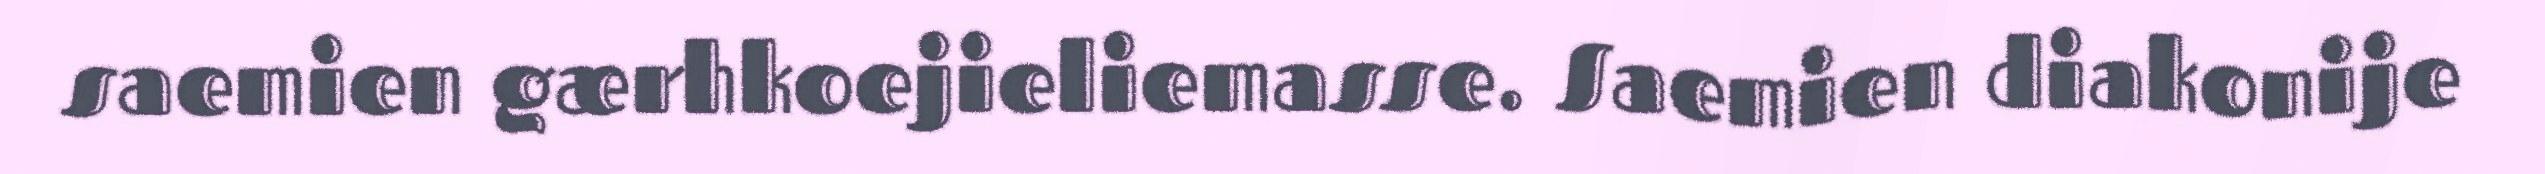
saemien gærhkoejieliemasse. Saemien diakonije